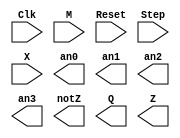
////////////////////////////////////////////////////////////////////////////////
// Copyright (c) 1995-2013 Xilinx, Inc.  All rights reserved.
////////////////////////////////////////////////////////////////////////////////
//   ____  ____ 
//  /   /\/   / 
// /___/  \  /    Vendor: Xilinx 
// \   \   \/     Version : 14.7
//  \   \         Application : 
//  /   /         Filename : xil_Jzq5kA
// /___/   /\     Timestamp : 02/20/2016 00:13:31
// \   \  /  \ 
//  \___\/\___\ 
//
//Command: 
//Design Name: 
//
`timescale 1ns / 1ps

module Sequence_Detector_010110(Clk, 
                                M, 
                                Reset, 
                                Step, 
                                X, 
                                an0, 
                                an1, 
                                an2, 
                                an3, 
                                notZ, 
                                Q, 
                                Z);

    input Clk;
    input M;
    input Reset;
    input Step;
    input X;
   output an0;
   output an1;
   output an2;
   output an3;
   output notZ;
   output [2:0] Q;
   output Z;
   
   
endmodule